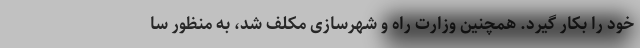
خود را بکار گیرد. همچنین وزارت راه و شهرسازی مکلف شد، به منظور سا